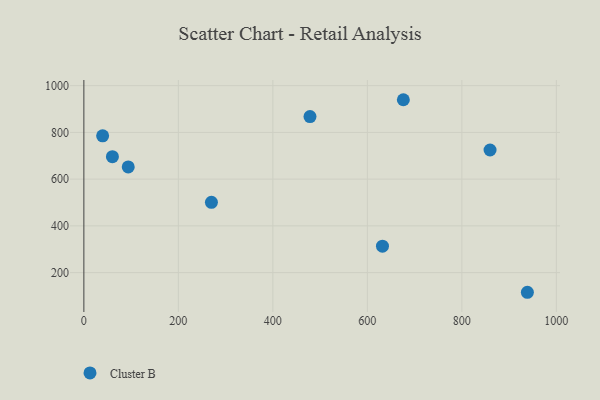
{"axis": {"x": "Investment", "y": "Sales"}, "legend": ["Cluster B"], "data": [{"x": "270.0", "y": 500.9, "type": "Cluster B"}, {"x": "632.0", "y": 313.1, "type": "Cluster B"}, {"x": "60.4", "y": 696.1, "type": "Cluster B"}, {"x": "859.7", "y": 724.6, "type": "Cluster B"}, {"x": "93.9", "y": 652.2, "type": "Cluster B"}, {"x": "676.2", "y": 939.9, "type": "Cluster B"}, {"x": "938.7", "y": 115.7, "type": "Cluster B"}, {"x": "478.6", "y": 867.6, "type": "Cluster B"}, {"x": "39.7", "y": 785.3, "type": "Cluster B"}]}